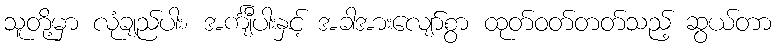
သူတို့မှာ လုံချည်ပါး၊ အင်္ကျီပါးနှင့် အခါအားလျော်စွာ ထုတ်ဝတ်တတ်သည့် ဆွယ်တာ